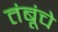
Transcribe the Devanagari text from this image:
तंबूंचे